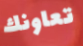
تعاونك